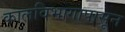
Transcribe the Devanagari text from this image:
कालविभागापासून